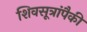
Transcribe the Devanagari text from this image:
शिवसूत्रांपैकी